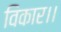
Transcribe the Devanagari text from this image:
विकार।।